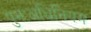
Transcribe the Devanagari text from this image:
पुनःअधिनियम